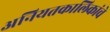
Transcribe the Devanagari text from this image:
अनियतकालिकांचे